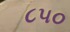
૮૫૦